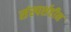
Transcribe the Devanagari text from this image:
संस्पर्शहीन